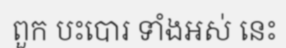
ពួក បះបោរ ទាំងអស់ នេះ